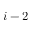
i - 2